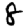
Digit: 8